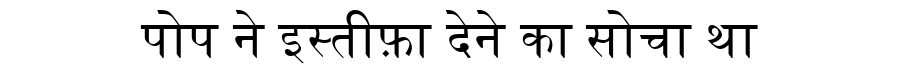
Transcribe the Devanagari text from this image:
पोप ने इस्तीफ़ा देने का सोचा था